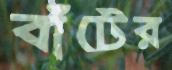
বাঁটের